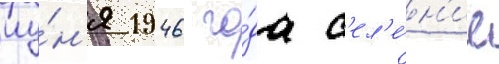
иу́н'я 1946 го́да с'ел'е́н'ие